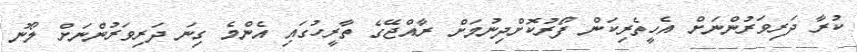
ކުރާ ދަރިވަރުންނަށް އެހީތެރިކަން ފޯރުކޮށްދިނުމަށް ރާއްޖޭގެ ތާރީހުގައި އެންމެ ގިނަ ދަރިވަރުންނަށް ލޯނު